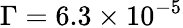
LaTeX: \Gamma=6.3\times 10^{-5}